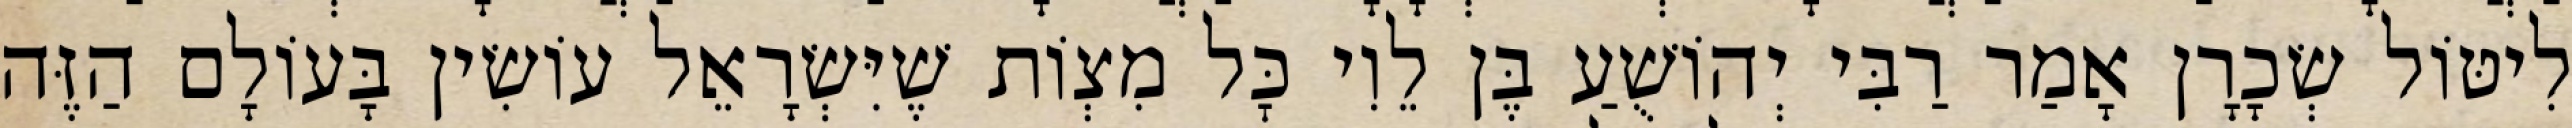
לִיטּוֹל שְׂכָרָן אָמַר רַבִּי יְהוֹשֻׁעַ בֶּן לֵוִי כׇּל מִצְוֹת שֶׁיִּשְׂרָאֵל עוֹשִׂין בָּעוֹלָם הַזֶּה